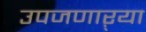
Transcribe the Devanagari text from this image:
उपजणाऱ्या